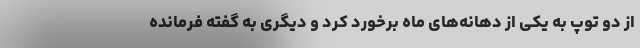
از دو توپ به یکی از دهانه‌های ماه برخورد کرد و دیگری به گفته فرمانده